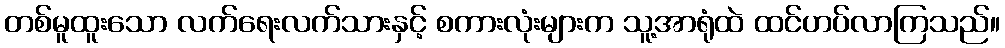
တစ်မူထူးသော လက်ရေးလက်သားနှင့် စကားလုံးများက သူ့အာရုံထဲ ထင်ဟပ်လာကြသည်။